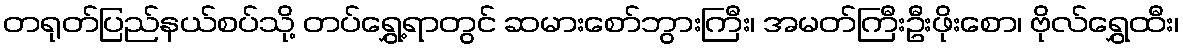
တရုတ်ပြည်နယ်စပ်သို့ တပ်ရွှေ့ရာတွင် ဆမားစော်ဘွားကြီး၊ အမတ်ကြီးဦးဖိုးစော၊ ဗိုလ်ရွှေထီး၊